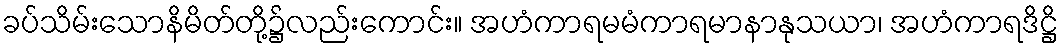
ခပ်သိမ်းသောနိမိတ်တို့၌လည်းကောင်း။ အဟံကာရမမံကာရမာနာနုသယာ၊ အဟံကာရဒိဋ္ဌိ